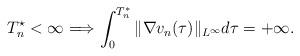
LaTeX: \begin{align*}T_n^\star<\infty\Longrightarrow \int_0^{T_n^*}\Vert \nabla v_n(\tau)\Vert_{L^\infty}d\tau=+\infty.\end{align*}